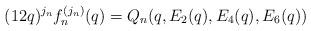
LaTeX: \begin{align*} (12q)^{j_n}f_n^{(j_n)}(q) = Q_n(q,E_2(q),E_4(q),E_6(q)) \end{align*}